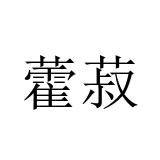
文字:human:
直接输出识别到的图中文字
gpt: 藿菽